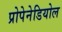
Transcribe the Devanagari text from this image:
प्रोपेनेडियोल